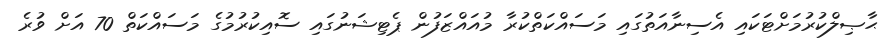
ޙާޞިލްކުރުމަށްޓަކައި އެސިނާއަތުގައި މަސައްކަތްކުރާ މުއައްޒަފުން ޕެޓިޝަނުގައި ސޮއިކުރުމުގެ މަސައްކަތް 70 އަށް ވުރެ